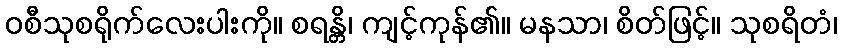
ဝစီသုစရိုက်လေးပါးကို။ စရန္တိ၊ ကျင့်ကုန်၏။ မနသာ၊ စိတ်ဖြင့်။ သုစရိတံ၊